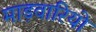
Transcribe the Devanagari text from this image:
माड़वारियो